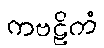
ကဗဠိကံ